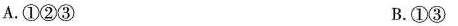
A.①②③ B.①③